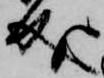
成